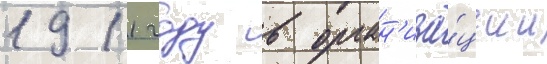
1911 году в орган'иза́ции